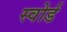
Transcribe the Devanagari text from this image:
स्‍वोर्ड